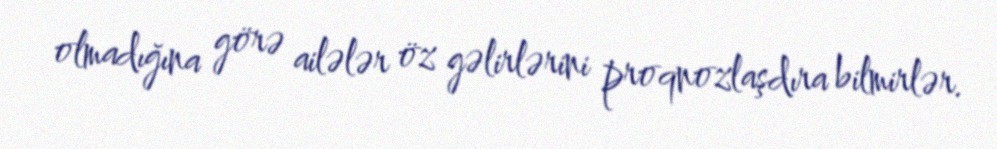
olmadığına görə ailələr öz gəlirlərini proqnozlaşdıra bilmirlər.